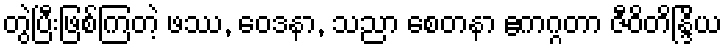
တွဲပြီးဖြစ်ကြတဲ့ ဖဿ, ဝေဒနာ, သညာ စေတနာ ဧကဂ္ဂတာ ဇီဝိတိန္ဒြိယ